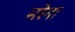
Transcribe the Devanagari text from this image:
मरेना